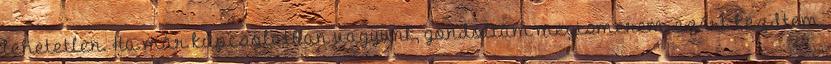
lehetetlen. Ha már kapcsolatban vagyunk, gondoltam megismerem, ezért kezdtem